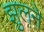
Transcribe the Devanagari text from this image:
झुलने